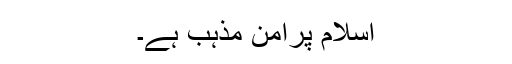
اسلام پرامن مذہب ہے۔